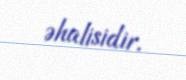
əhalisidir.